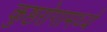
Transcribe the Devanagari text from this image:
कुष्ठरोगामध्ये